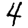
Digit: 4